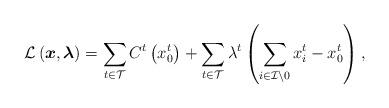
LaTeX: \begin{align*} \mathcal{L}\left(\boldsymbol{x},\boldsymbol{\lambda} \right) & =\sum_{ t\in \mathcal{T}} C^{t}\left(x^{t}_{0}\right)+\sum_{ t\in \mathcal{T}} \lambda^{t} \left(\sum_{ i\in \mathcal{I} \setminus 0} x^{t}_{i} - x^{t}_{0}\right),\end{align*}